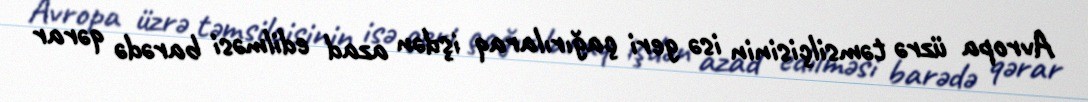
Avropa üzrə təmsilçisinin isə geri çağırılaraq işdən azad edilməsi barədə qərar